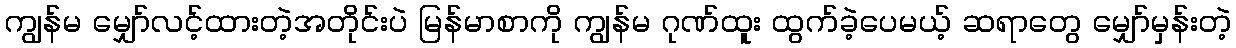
ကျွန်မ မျှော်လင့်ထားတဲ့အတိုင်းပဲ မြန်မာစာကို ကျွန်မ ဂုဏ်ထူး ထွက်ခဲ့ပေမယ့် ဆရာတွေ မျှော်မှန်းတဲ့